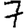
Digit: 7